Epidemic dropsy in Calcutta - Number 45
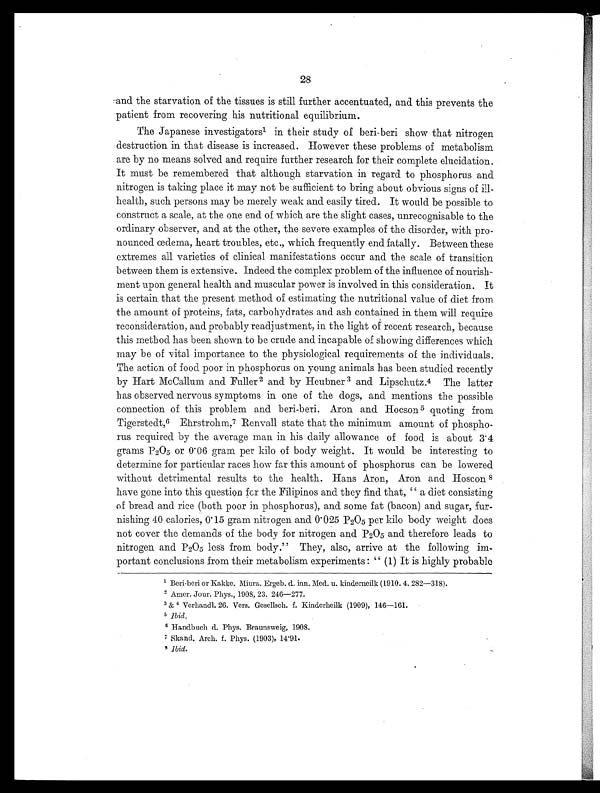
28
and the starvation of the tissues is still further accentuated, and this prevents the
patient from recovering his nutritional equilibrium.
The Japanese investigators 1 i n t h e i r s t u d y o f b e r i - b e r i s h o w t h a t n i t r o g e n
destruction in that disease is increased. However these problems of metabolism
are by no means solved and require further research for their complete elucidation.
It must be remembered that although starvation in regard to phosphorus and
nitrogen is taking place it may not be sufficient to bring about obvious signs of ill-
health, such persons may be merely weak and easily tired. It would be possible to
construct a scale, at the one end of which are the slight cases, unrecognisable to the
ordinary observer, and at the other, the severe examples of the disorder, with pro-
nounced œdema, heart troubles, etc., which frequently end fatally. Between these
extremes all varieties of clinical manifestations occur and the scale of transition
between them is extensive. Indeed the complex problem of the influence of nourish-
ment upon general health and muscular power is involved in this consideration. It
is certain that the present method of estimating the nutritional value of diet from
the amount of proteins, fats, carbohydrates and ash. contained in them will require
reconsideration, and probably readjustment, in the light of recent research, because
this method has been shown to be crude and incapable of showing differences which
may be of vital importance to the physiological requirements of the individuals.
The action of food poor in phosphorus on young animals has been studied recently
by Hart McCallum and Fuller 2 and by Heubner 3 and Lipschutz. 4 The latter
has observed nervous symptoms in one of the dogs, and mentions the possible
connection of this problem and beri-beri. Aron and Hocson 5 quoting from
Tigerstedt,6 Ehrstrohm,7 Renvall state that the minimum amount of phospho-
rus required by the average man in his daily allowance of food is about 3.4
grams P2O5 or 0.06 grain per kilo of body weight. It would be interesting to
determine for particular races how far this amount of phosphorus can be lowered
without detrimental results to the health. Hans Aron, Aron and Hoscon 8
have gone into this question for the Filipinos and they find that, " a diet consisting
of bread and rice (both poor in phosphorus), and some fat (bacon) and sugar, fur-
nishing 40 calories, 0.15 gram nitrogen and 0.025 P 2O5 per kilo body weight does
not cover the demands of the body for nitrogen and P 2O5 and therefore leads to
nitrogen and P 2O5 loss from body." They, also, arrive at the following im-
portant conclusions from their metabolism experiments : " (1) It is highly probable
1 Beri-beri or Kakke. Miura. Ergeb. d. inn. Med. u. kinderneilk (1910. 4. 282—318).
2 Amer. Jour. Phys., 1908, 23. 246—277.
3 &, 4 Verhandl . 26. Vers. Gesel l sch. f. Ki nderhei l k (1909), 146—161.
5 Ibid.
6 Handbuch d. Phys. Braunsweig, 1908.
7 S k a n d . A r c h . f . P h y s . ( 1 9 0 3 ) , 1 4 . 9 1 .
8
I b i d .